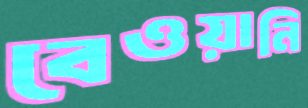
বেওয়ানি